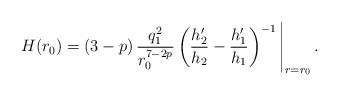
\begin{align*}H(r_0) = (3-p)\,\frac{q_1^2}{r_0^{7-2p}} \left( \frac{h_2'}{h_2} -\frac{h_1'}{h_1} \right)^{-1} \Bigg\vert_{r=r_0} \,.\end{align*}